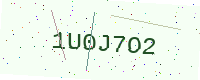
Text: 1U0J7O2